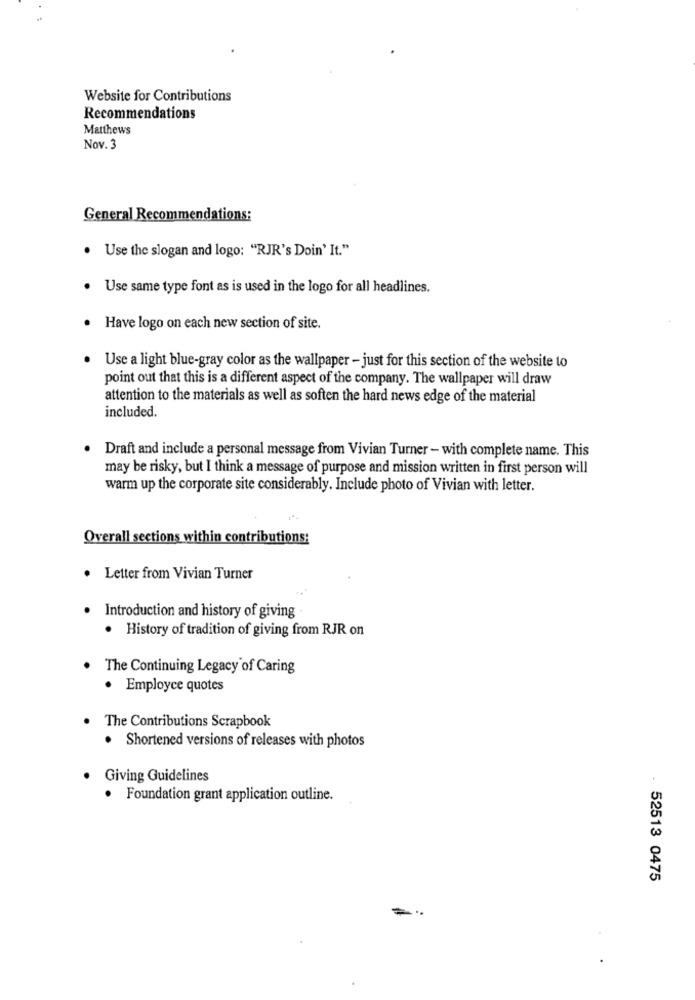
Website for Contributions
Recommendations
Matthews
Nov. 3
General Recommendations:
. Use the slogan and logo: "RJR's Doin' It."
Use same type font as is used in the logo for all headlines.
· Have logo on each new section of site.
. Use a light blue-gray color as the wallpaper - just for this section of the website to
point out that this is a different aspect of the company. The wallpaper will draw
attention to the materials as well as soften the hard news edge of the material
included.
Draft and include a personal message from Vivian Turner - with complete name. This
may be risky, but I think a message of purpose and mission written in first person will
warm up the corporate site considerably. Include photo of Vivian with letter.
Overall sections within contributions:
· Letter from Vivian Turner
. Introduction and history of giving
. History of tradition of giving from RJR on
. The Continuing Legacy of Caring
· Employce quotes
The Contributions Scrapbook
. Shortened versions of releases with photos
Giving Guidelines
· Foundation grant application outline.
. 52513 0475